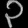
Digit: ၃